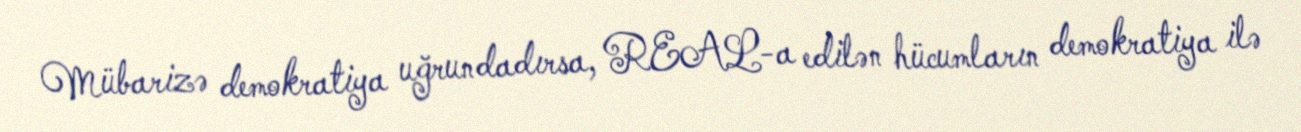
Mübarizə demokratiya uğrundadırsa, REAL-a edilən hücumların demokratiya ilə